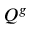
Q ^ { g }